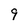
Character: 9